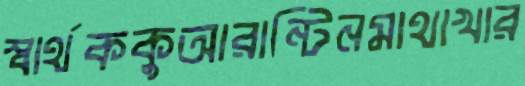
স্বার্থককুআরান্টিনমাথাখার